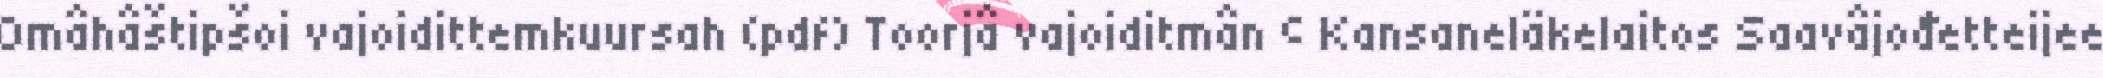
Omâhâštipšoi vajoidittemkuursah (pdf) Toorjâ vajoiditmân © Kansaneläkelaitos Saavâjođetteijee